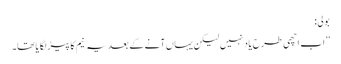
بولی:
’’اب اچھی طرح یاد نہیں لیکن یہاں آنے کے بعد یہ نیم کا پیڑ لگا یا تھا۔